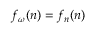
f _ { \omega } ( n ) = f _ { n } ( n )